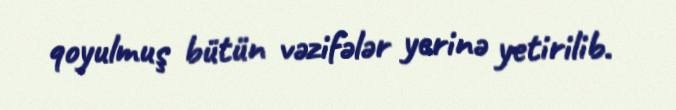
qoyulmuş bütün vəzifələr yerinə yetirilib.